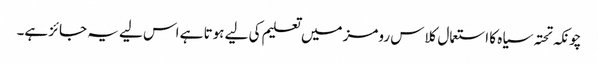
چونکہ تحتہ سیاہ کا استعمال کلاس رومز میں تعلیم کی لیے ہوتا ہے اس لیے یہ جائز ہے۔